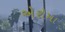
એરોમા